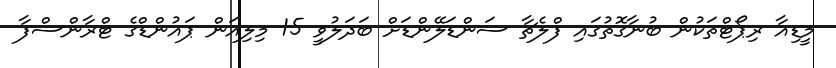
މީޑިއާ ރިޕޯޓްތަކުން ބުނާގޮތުގައި ފްލެޗާ ސަންޑަލޭންޑަށް ބަދަލުވީ 15 މިލިއަން ޕައުންޑްގެ ޓްރާންސްފާ